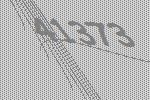
41373